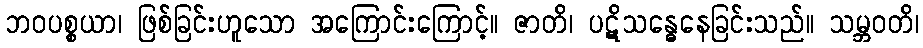
ဘဝပစ္စယာ၊ ဖြစ်ခြင်းဟူသော အကြောင်းကြောင့်။ ဇာတိ၊ ပဋိသန္ဓေနေခြင်းသည်။ သမ္ဘဝတိ၊